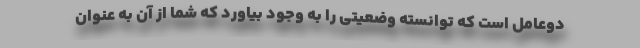
دوعامل است که توانسته وضعیتی را به وجود بیاورد که شما از آن به عنوان